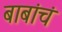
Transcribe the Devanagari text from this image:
बाबांचं